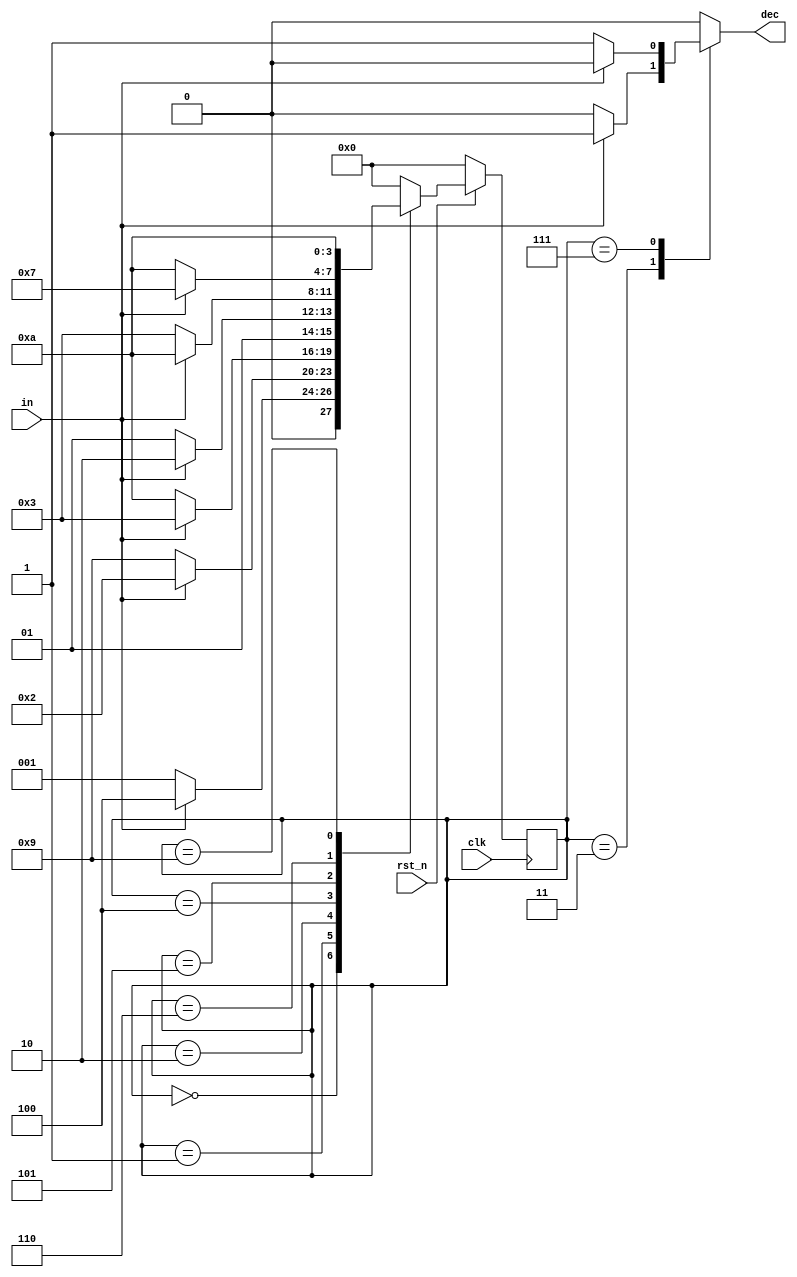
`timescale 1ns/1ps

module Mealy_Sequence_Detector (clk, rst_n, in, dec);
    input clk, rst_n;
    input in;
    output reg dec;
    
    parameter 
    S0 = 4'd0,
    S1 = 4'd1,
    S2 = 4'd2,
    S3 = 4'd3,
    S4 = 4'd4,
    S5 = 4'd5,
    S6 = 4'd6,
    S7 = 4'd7,
    SXX = 4'd9,
    SX = 4'd10;
    
    reg [3:0] state;
    reg [3:0] next_state;
    
    always@(posedge clk) begin
        if(rst_n==1'b0) state <= S0;
        else state <= next_state;
    end
    
    always@(*)begin
        case(state)
        S0: begin
            next_state = ((in==1'b0)? S1:S4);
            dec = 1'b0;
        end
        S1: begin
            next_state = ((in==1'b0)? SXX:S2);
            dec = 1'b0;
        end
        S2: begin
            next_state = ((in==1'b0)? SX:S3);
            dec = 1'b0;
        end
        S3: begin
            next_state = ((in==1'b0)? S0:S0);
            dec = ((in==1'b0)? 1'b0:1'b1);
        end
        S4: begin
            next_state = ((in==1'b0)? S5:S6);
            dec = 1'b0;
        end
        S5: begin
            next_state = ((in==1'b0)? S3:SX);
            dec = 1'b0;
        end
        S6: begin
            next_state = ((in==1'b0)? SX:S7);
            dec = 1'b0;
        end
        S7: begin
            next_state = ((in==1'b0)? S0:S0);
            dec = ((in==1'b0)? 1'b1:1'b0);
        end
        SXX: begin
            next_state = SX;
            dec = 1'b0;
        end
        SX: begin
            next_state = S0;
            dec = 1'b0;
        end
        default: begin
            next_state = S0;
            dec = 1'b0;
        end
        endcase
    end

endmodule